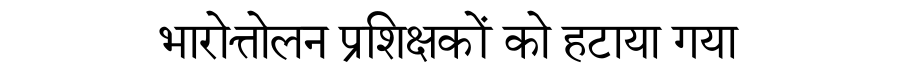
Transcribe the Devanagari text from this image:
भारोत्तोलन प्रशिक्षकों को हटाया गया